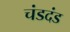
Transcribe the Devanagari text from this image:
चंडदंड